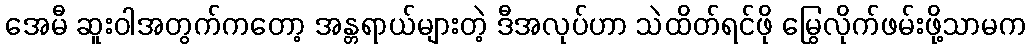
အေမီ ဆူးဝါအတွက်ကတော့ အန္တရာယ်များတဲ့ ဒီအလုပ်ဟာ သဲထိတ်ရင်ဖို မြွေလိုက်ဖမ်းဖို့သာမက